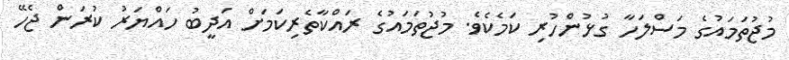
މުޖުތަމައުގެ މަސްލަހާ ގުޅުންހުރި ކަމެކެވެ. މުޖުތަމައުގެ ރައްކާތެރިކަމަށް އަދީބު ހައްޔަރު ކުރަން ޖެހޭ